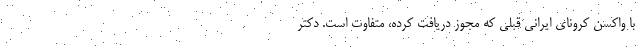
با واکسن‌ کرونای ایرانی قبلی که مجوز دریافت کرده، متفاوت است. دکتر